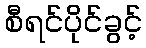
စီရင်ပိုင်ခွင့်